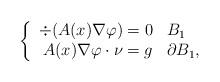
LaTeX: \begin{align*}\left\{\begin{array}{rl}\div(A(x) \nabla \varphi) = 0 & B_1\\A(x) \nabla \varphi \cdot \nu = g & \partial B_1,\end{array}\right.\end{align*}